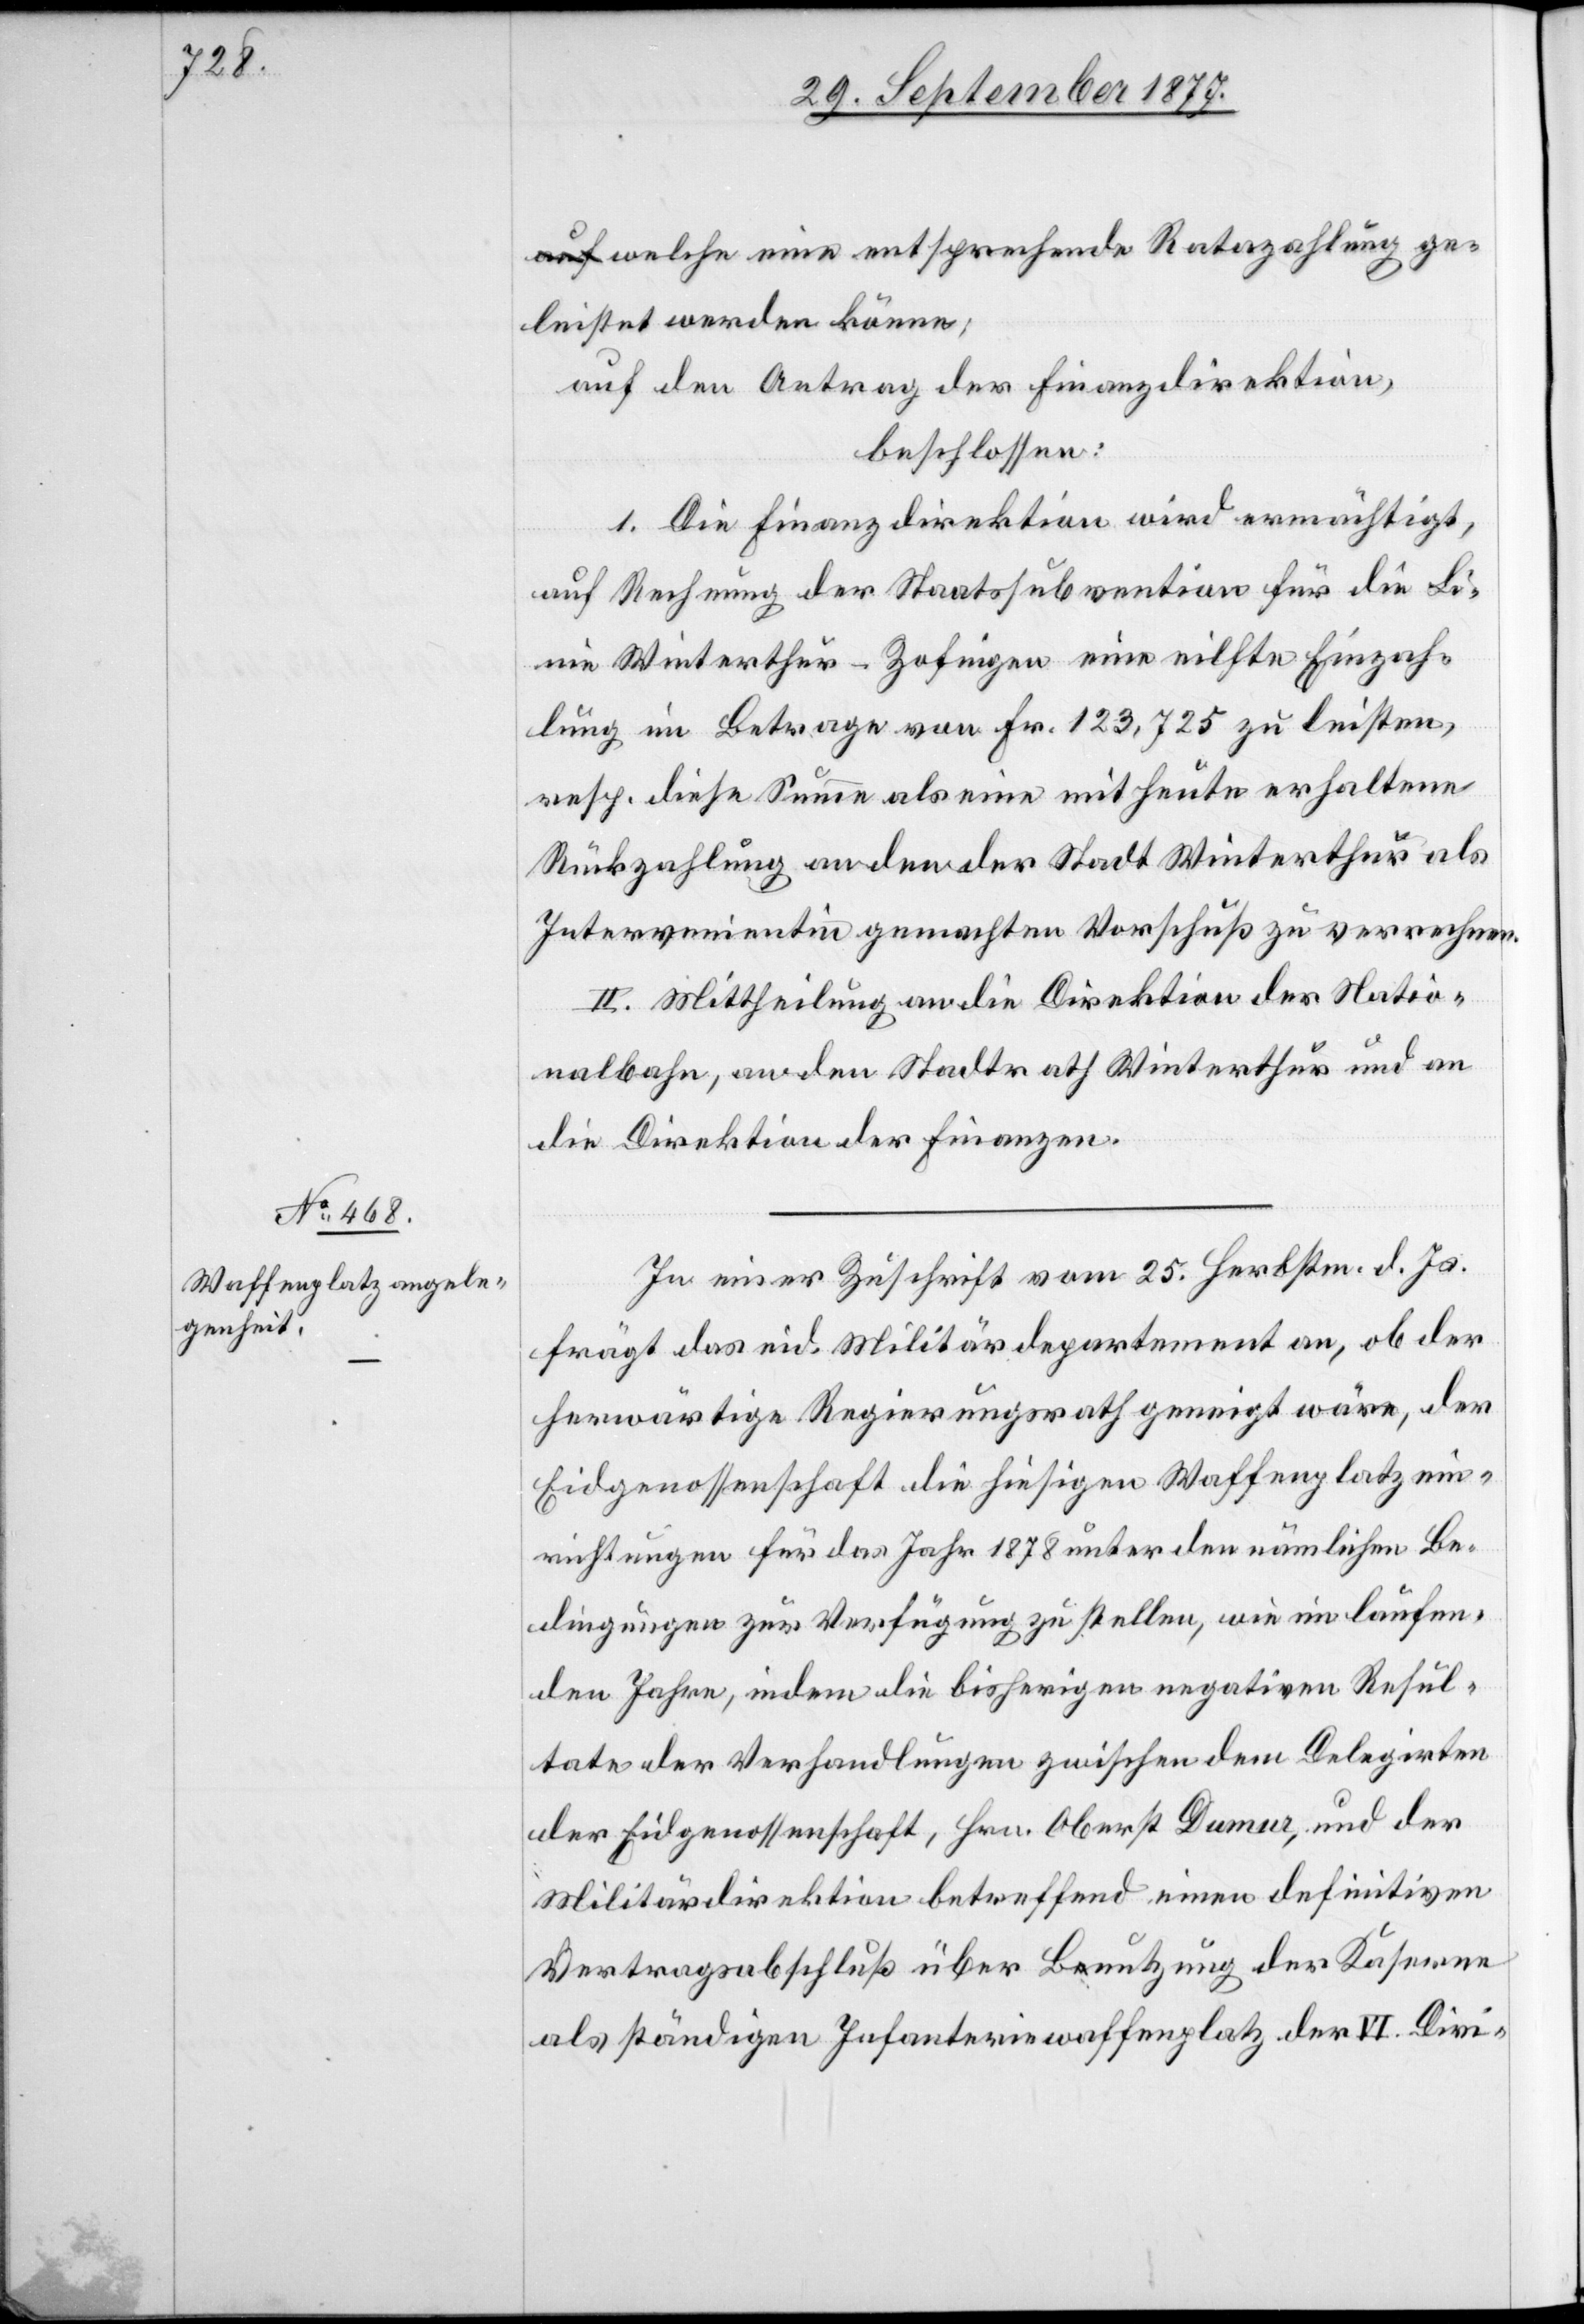
a-auf-a welche eine entsprechende Ratazahlung ge¬
leistet werden könne;
auf den Antrag der Finanzdirektion,
beschlossen:
1. Die Finanzdirektion wird ermächtigt,
auf Rechnung der Staatssubvention für die L¬
inie Winterthur–Zofingen eine eilfte Einzah¬
lung im Betrage von Fr. 123,725 zu leisten,
resp. diese Summe als eine mit heute erhaltene
Rückzahlung an den der Stadt Winterthur als
Intervenientin gemachten Vorschuß zu verrechnen.
2.] Mittheilung an die Direktion der Natio¬
nalbahn, an den Stadtrath Winterthur und an
die Direktion der Finanzen.
In einer Zuschrift vom 25. Herbstm. d. Js.
frägt das eid. Militärdepartement an, ob der
herwärtige Regierungsrath geneigt wäre, der
Eidgenossenschaft die hiesigen Waffenplatzein¬
richtungen für das Jahr 1878 unter den nämlichen Be¬
dingungen zur Verfügung zu stellen, wie im laufen¬
den Jahre, indem die bisherigen negativen Resul¬
tate der Verhandlungen zwischen dem Delegirten
der Eidgenossenschaft, Hrn. Oberst Dumur, und der
Militärdirektion betreffend einen definitiven
Vertragsabschluß über Benutzung der Kaserne
als ständigen Infanteriewaffenplatz der VI. Divi-